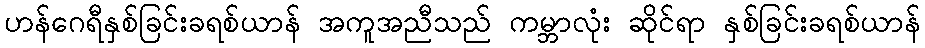
ဟန်ဂေရီနှစ်ခြင်းခရစ်ယာန် အကူအညီသည် ကမ္ဘာလုံး ဆိုင်ရာ နှစ်ခြင်းခရစ်ယာန်